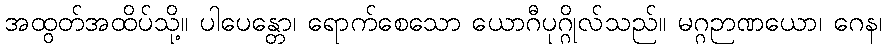
အထွတ်အထိပ်သို့။ ပါပေန္တော၊ ရောက်စေသော ယောဂီပုဂ္ဂိုလ်သည်။ မဂ္ဂဉာဏယော၊ ဂေန၊